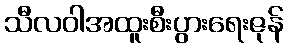
သီလဝါအထူးစီးပွားရေးဇုန်